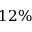
1 2 \%